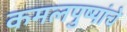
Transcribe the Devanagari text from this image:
कमलपुष्पांचे